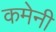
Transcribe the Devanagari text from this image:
कमेनी